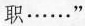
职……”